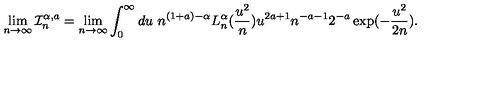
\lim _ { n \to \infty } \mathcal { I } _ { n } ^ { \alpha , a } = \lim _ { n \to \infty } \int _ { 0 } ^ { \infty } d u \ n ^ { ( 1 + a ) - \alpha } L _ { n } ^ { \alpha } ( \frac { u ^ { 2 } } { n } ) u ^ { 2 a + 1 } n ^ { - a - 1 } 2 ^ { - a } \exp ( - \frac { u ^ { 2 } } { 2 n } ) .